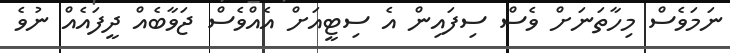
ނަމަވެސް މިހާތަނަށް ވެސް ސިފައިން އެ ސިޓީއަށް އެއްވެސް ޖަވާބެއް ދީފައެއް ނުވެ